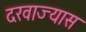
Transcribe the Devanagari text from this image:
दरवाज्यास